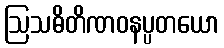
ဩသဓိတိဏဝနပ္ပတယော